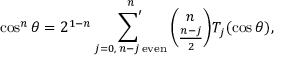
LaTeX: \cos ^ { n } \theta = 2 ^ { 1 - n } \mathop { { \sum } ^ { \prime } } _ { j = 0 , \, n - j \, \mathrm { e v e n } } ^ { n } { \binom { n } { \frac { n - j } { 2 } } } T _ { j } ( \cos \theta ) ,